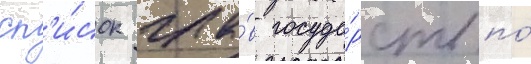
сп'и́сок гла́в госуда́рств по́